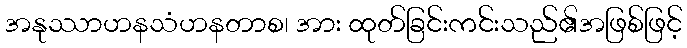
အနုဿာဟနသံဟနတာစ၊ အား ထုတ်ခြင်းကင်းသည်၏အဖြစ်ဖြင့်